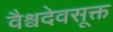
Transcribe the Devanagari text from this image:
वैश्वदेवसूक्त